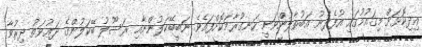
އިދިކޮޅަށް މިޤައުމުގައި އުފެދުނު އަބުޠާލުންވަނީ ހަނގުރާމަކޮށްފައެވެ. ނަބީބޭކަލުންނާއި ރަސޫލު ބޭކަލުންގެ ދަޢުވަތު ދިރުވާ